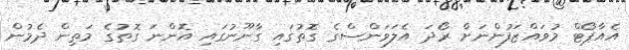
އެއާޕޯޓް މުވައްޒަފުންނަށް ރޯދަ އެލަވަންސްގެ ގޮތުގައި ގާނޫނުގައި އޮންނަ ގޮތުގެ މަތިން ދެމުން